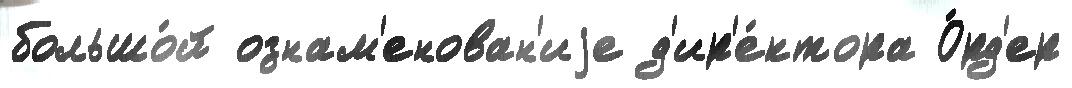
большо́й ознам'енован'иjе д'ир'е́ктора О́рд'ер